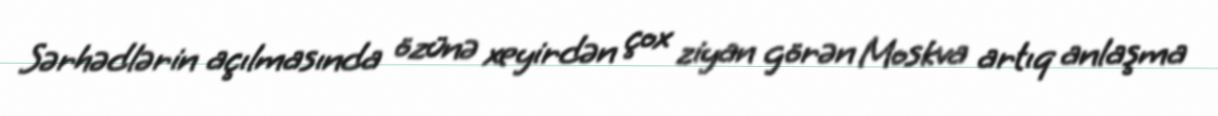
Sərhədlərin açılmasında özünə xeyirdən çox ziyan görən Moskva artıq anlaşma